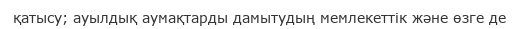
қатысу; ауылдық аумақтарды дамытудың мемлекеттік және өзге де